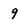
Character: 9